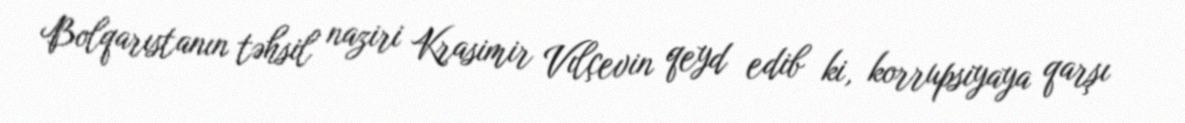
Bolqarıstanın təhsil naziri Krasimir Vılçevin qeyd edib ki, korrupsiyaya qarşı